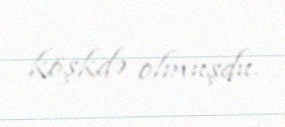
köşkdə olmuşdu.